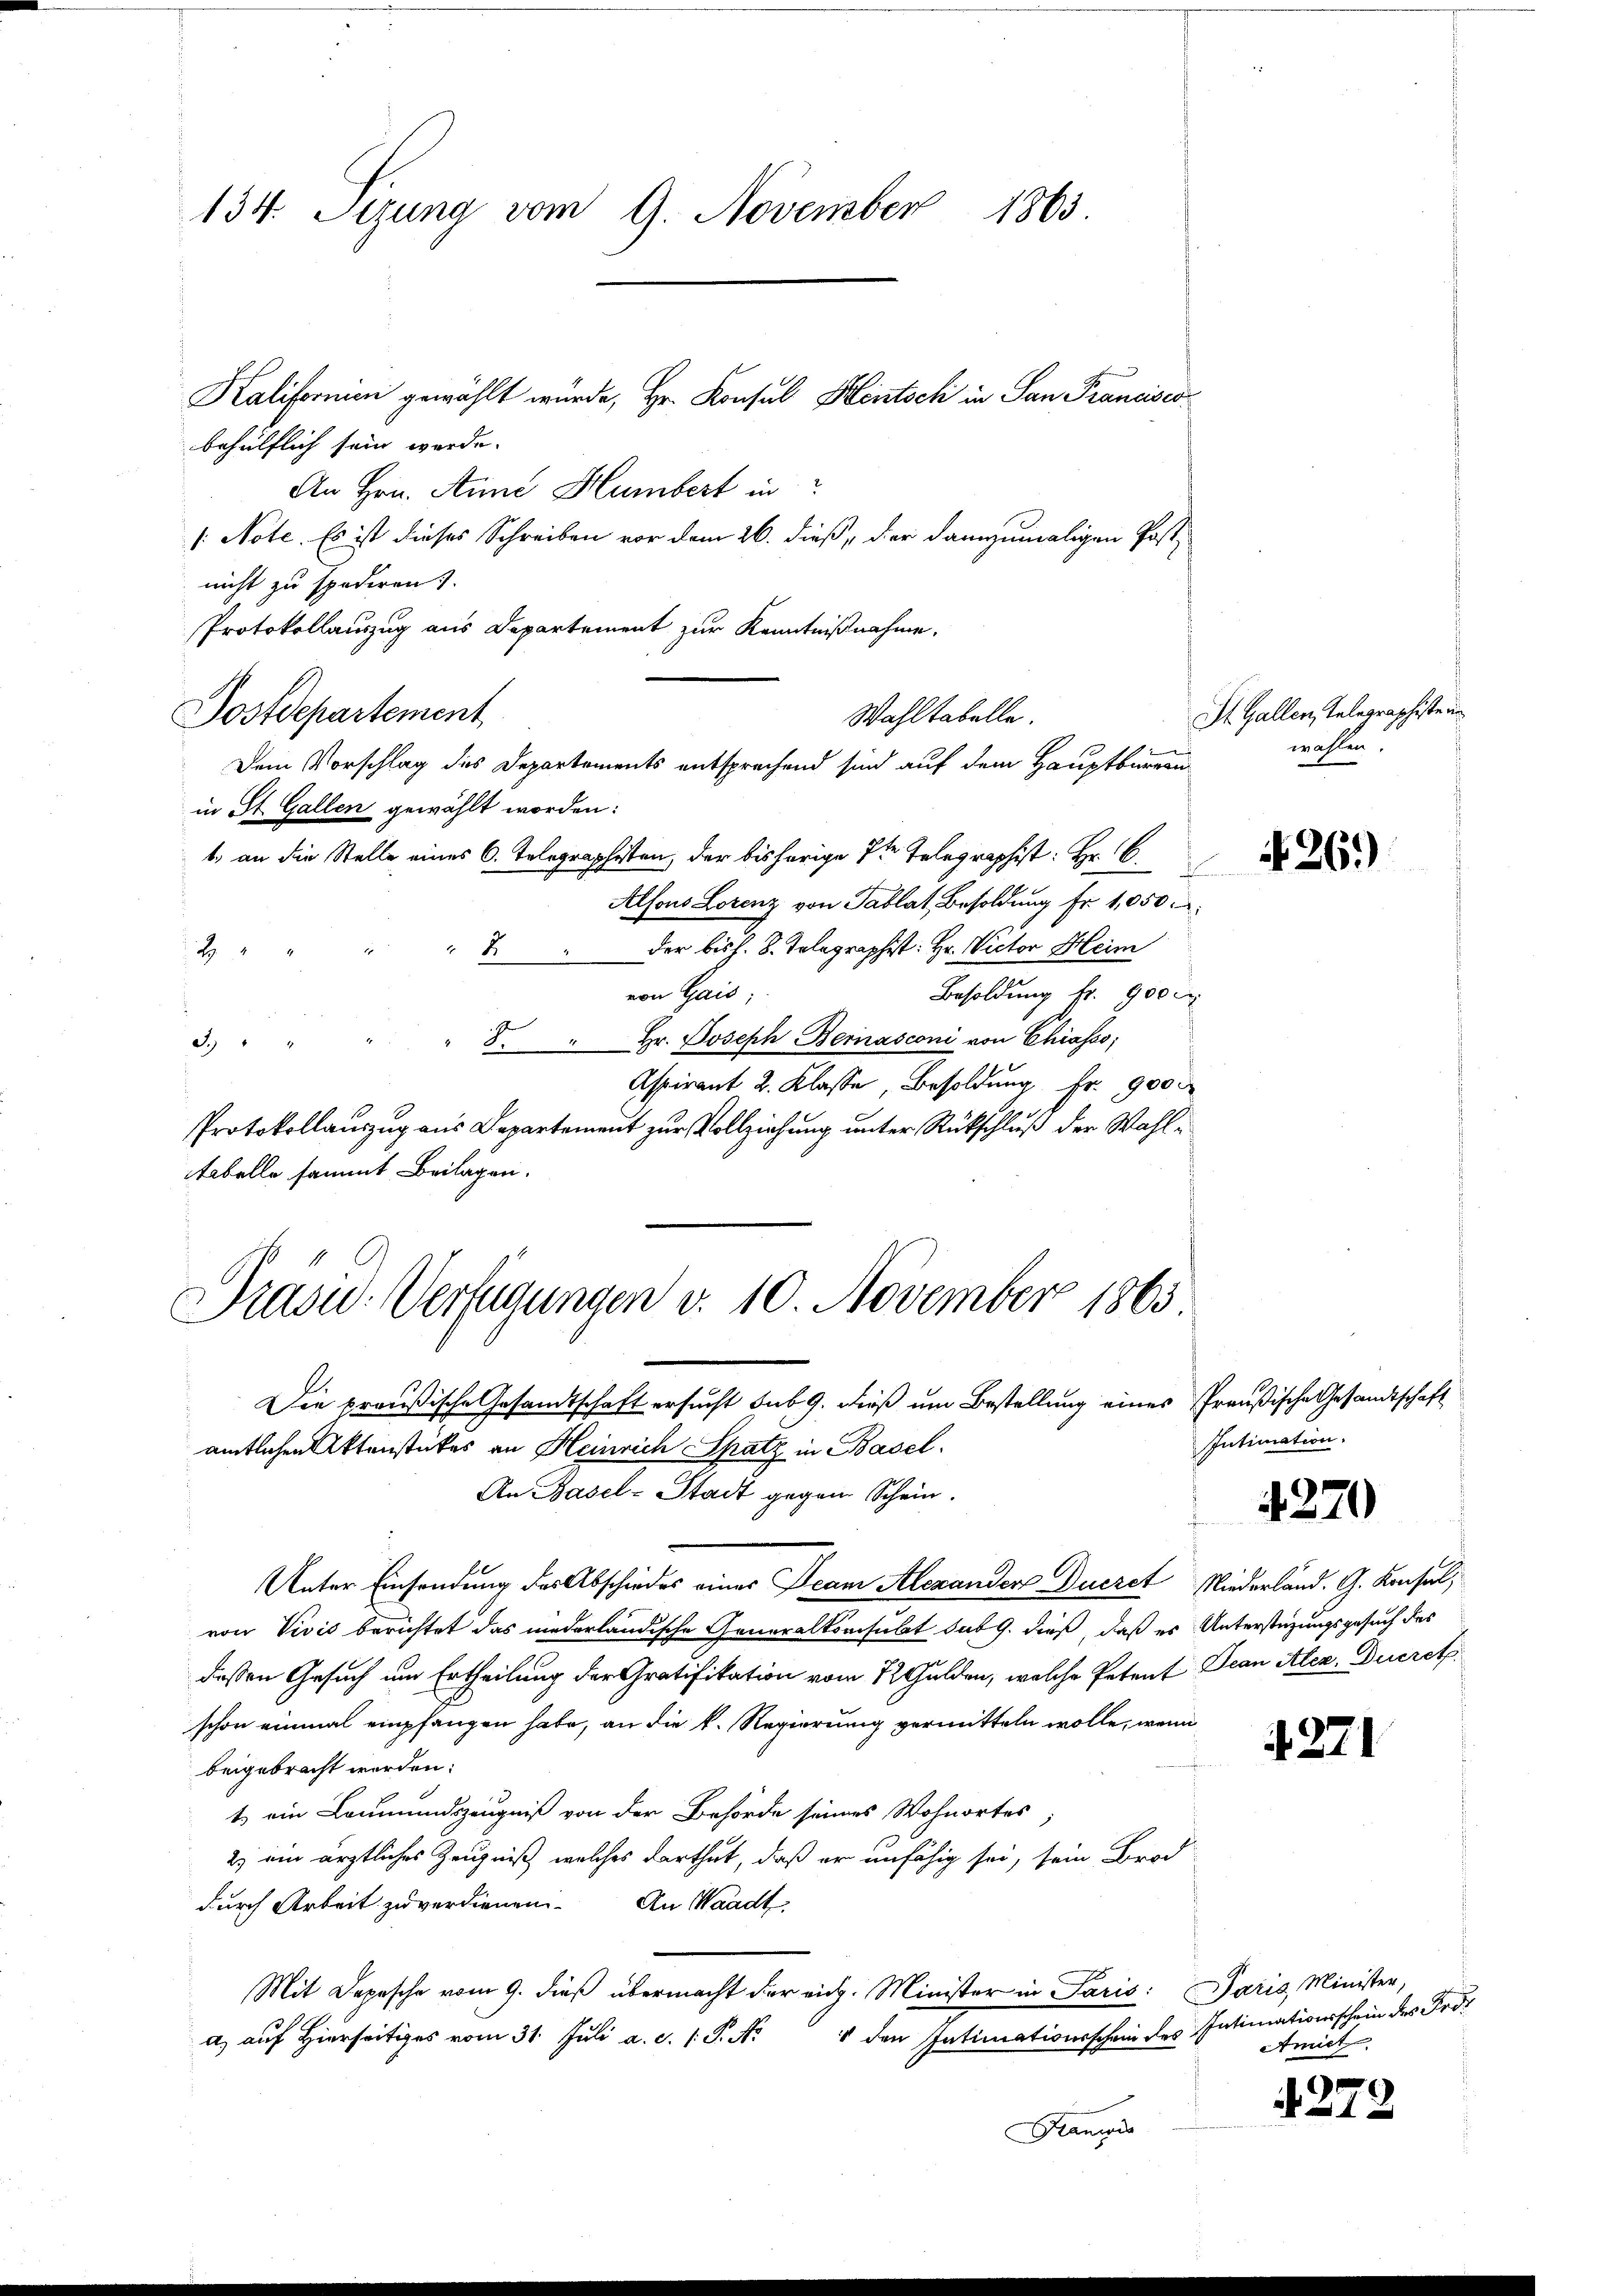
134. Sizung vom 9. November 1863

Kalifornien gewählt wurde, Hr. Konsul Hintsch in San Francisco
behülflich sein werde.
An Hrn. Anne Humbert in
/: Note. Es ist dieses Schreiben vor dem 26. dieß, der dannzumaligen Post-
nicht zu spediren.
Protokollauszug aus Departement zur Kenntnißnahme.
Postdepartement
Dem Vorschlag des Departements entsprechend sind auf dem Hauptbürern
in St. Gallen gewählt worden:
1. an die Stelle eines 6. Telegraphisten, der bisherige 7te Telegraphist: Hr. C.
Alfons Lorenz von Tablat, Besoldung Fr. 1,050.
der bis h. B. Telegraphist: Hr. Victor Heim
5
2
von Gais;
Besoldung fr. 900 m
8. " Hr. Joseph Bernasconi von Chiasso,
S
Aspirant 2. Klasse, Besoldung Fr. 900
Protokollauszug aus Departement zur Vollziehung unter Rückschluß der Wahl¬
Aabelle sammt Beilagen.
Präsid. Verfügungen v. 10. November 1865
Die preußische Gesandtschaft ersucht sub 9. dieß um Bestellung eines Preußische Gesandtschaft
amtlichen Aktenstückes an Heinrich Spatz in Basel
An Basel-Stadt gegen Schein.
f
Unter Einsendung des Abschiedes eines Jean Alexander Dueret Niederland. G. Konsul,
von Vivić berichtet das niederländische Generalkonsubt das 9. dieß, daß es Unterstüzungsgesuch des
dessen Gesuch um Ertheilung der Gratifikation vom 12 Gulden, welche Petent Jean Alex. Ducret
schon einmal empfangen habe, an die k. Regierung vermitteln wolle, wenn
beigebracht werden:
t. ein Leumundszeugniß von der Behörde seines Wohnortes
2) ein ärztliches Zeugniß, welches darthut, daß er unfähig sei, sein Brod
durch Arbeit zu verdienen. An Waadt
Mit Depesche vom 9. dieß übermacht der eich. Minister in Paris: Paris, Minister,
1 den Intimationsschein des Intimationsschein des Frdt
a) auf Hierseitiges vom 31. Juli a. d. 1. P. N
Kancis

Wahltabelle.

St. Gallen, Telegraphiste un
wählen.

426.)

Intimation.

4270

221

Amiet

272